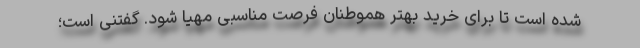
شده است تا برای خرید بهتر هموطنان فرصت مناسبی مهیا شود. گفتنی است؛